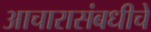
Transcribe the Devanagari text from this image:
आचारासंबधीचे